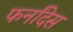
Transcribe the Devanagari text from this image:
फर्नांदेस